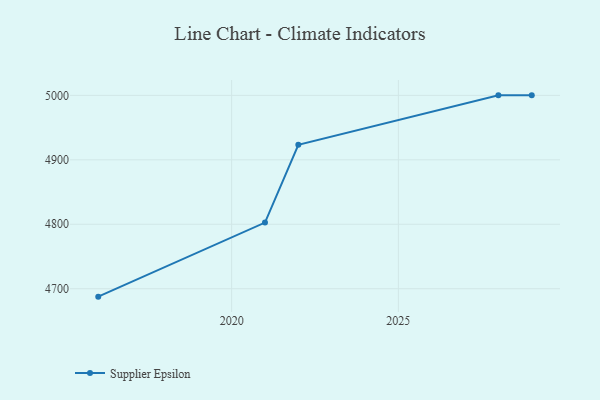
{"axis": {"x": "Year", "y": "Headcount"}, "legend": ["Supplier Epsilon"], "data": [{"x": "2016", "y": 4687.7, "type": "Supplier Epsilon"}, {"x": "2021", "y": 4802.6, "type": "Supplier Epsilon"}, {"x": "2022", "y": 4923.2, "type": "Supplier Epsilon"}, {"x": "2028", "y": 5000, "type": "Supplier Epsilon"}, {"x": "2029", "y": 5000, "type": "Supplier Epsilon"}]}